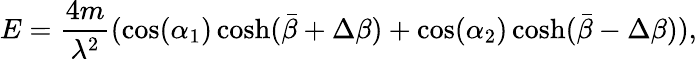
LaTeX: E=\frac{4m}{\lambda^{2}}(\cos(\alpha_{1})\cosh(\bar{\beta}+\Delta\beta)+\cos(\alpha_{2})\cosh(\bar{\beta}-\Delta\beta)),